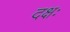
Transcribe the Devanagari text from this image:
दक्षः